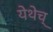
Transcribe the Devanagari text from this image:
येथेच्